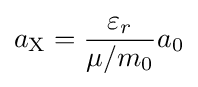
a_{\text{X}}={\frac {\varepsilon _{r}}{\mu /m_{0}}}a_{0}